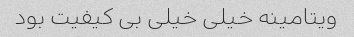
ویتامینه خیلی خیلی بی کیفیت بود